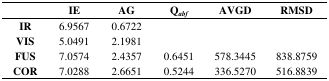
<table><thead><tr><td></td><td><b>IE</b></td><td><b>AG</b></td><td><b>Q<i><sub>abf</sub></i></b></td><td><b>AVGD</b></td><td><b>RMSD</b></td></tr></thead><tbody><tr><td><b>IR</b></td><td>6.9567</td><td>0.6722</td><td></td><td></td><td></td></tr><tr><td><b>VIS</b></td><td>5.0491</td><td>2.1981</td><td></td><td></td><td></td></tr><tr><td><b>FUS</b></td><td>7.0574</td><td>2.4357</td><td>0.6451</td><td>578.3445</td><td>838.8759</td></tr><tr><td><b>COR</b></td><td>7.0288</td><td>2.6651</td><td>0.5244</td><td>336.5270</td><td>516.8839</td></tr></tbody></table>